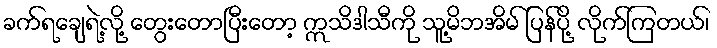
ခက်ရချေရဲ့လို့ တွေးတောပြီးတော့ ဣသိဒါသီကို သူ့မိဘအိမ် ပြန်ပို့ လိုက်ကြတယ်၊